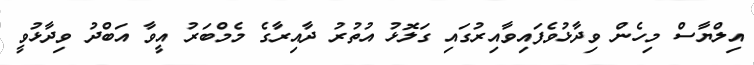
އިލްޔާސް މިހެން ވިދާޅުވެފައިވާއިރުގައި ގަލޮޅު އުތުރު ދާއިރާގެ މެމްބަރު އީވާ އަބްދު ވިދާޅުވީ